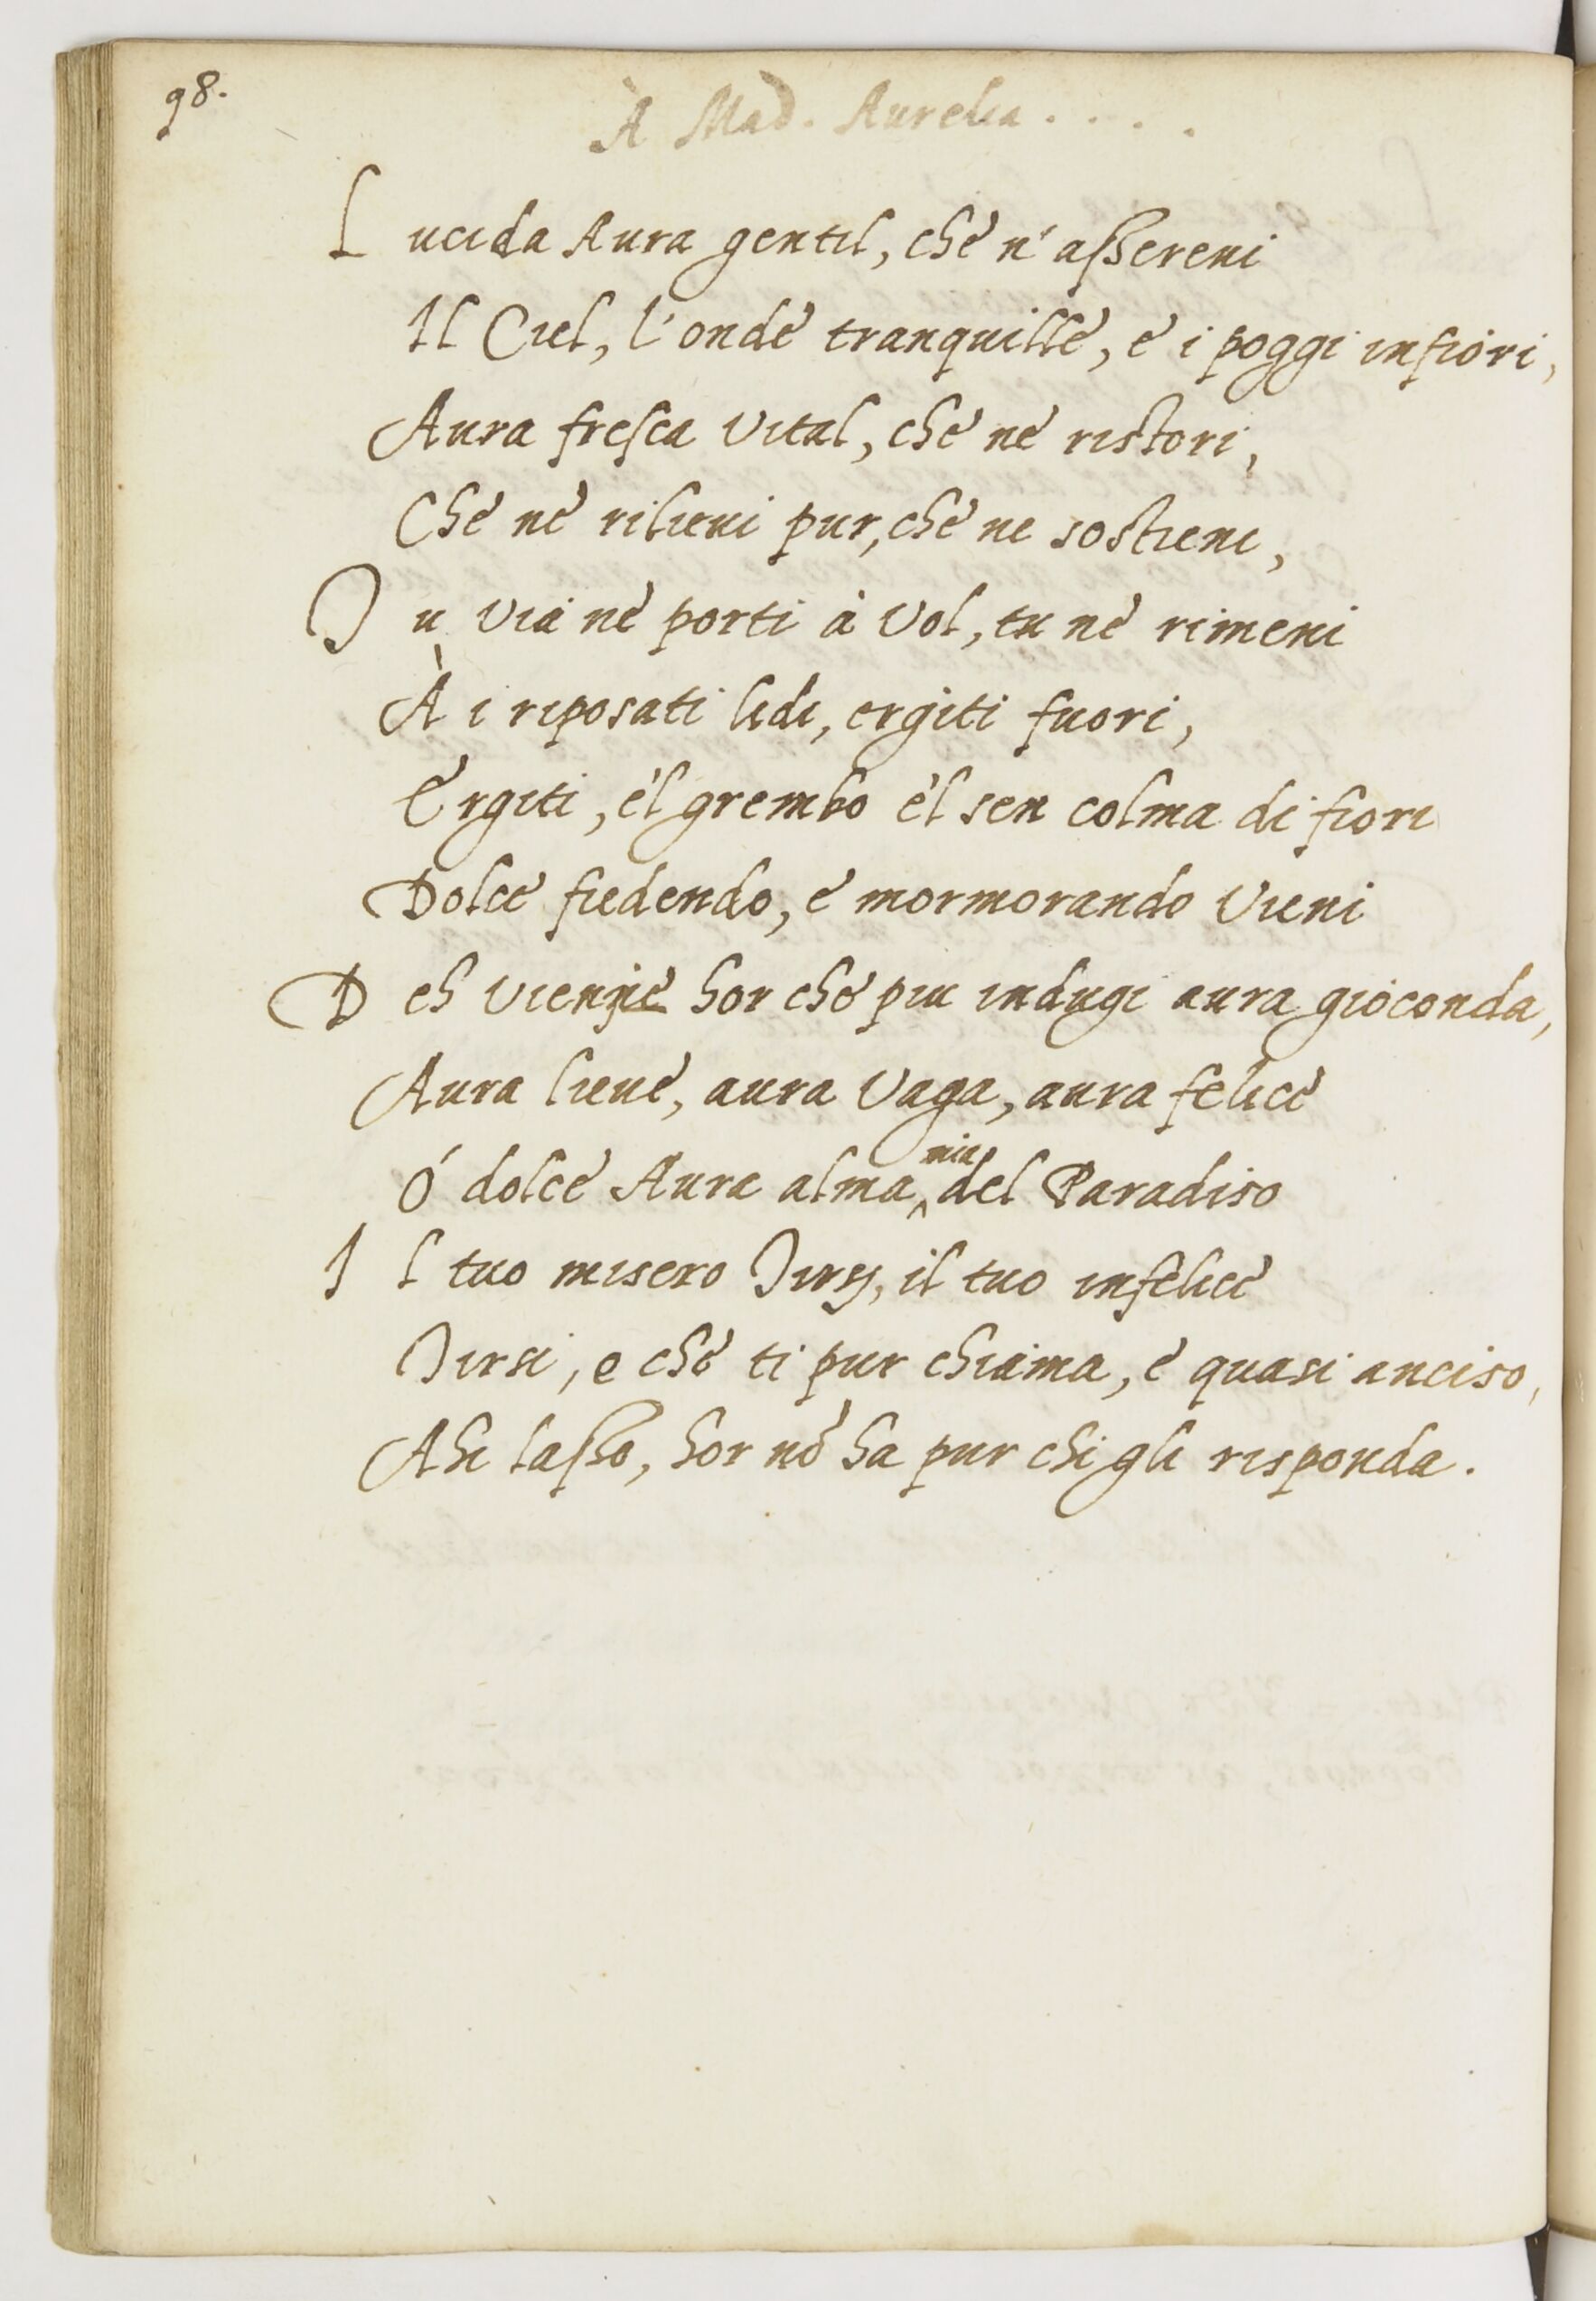
Shelfmark: Paris, BnF, ita. 1534
Century: 16